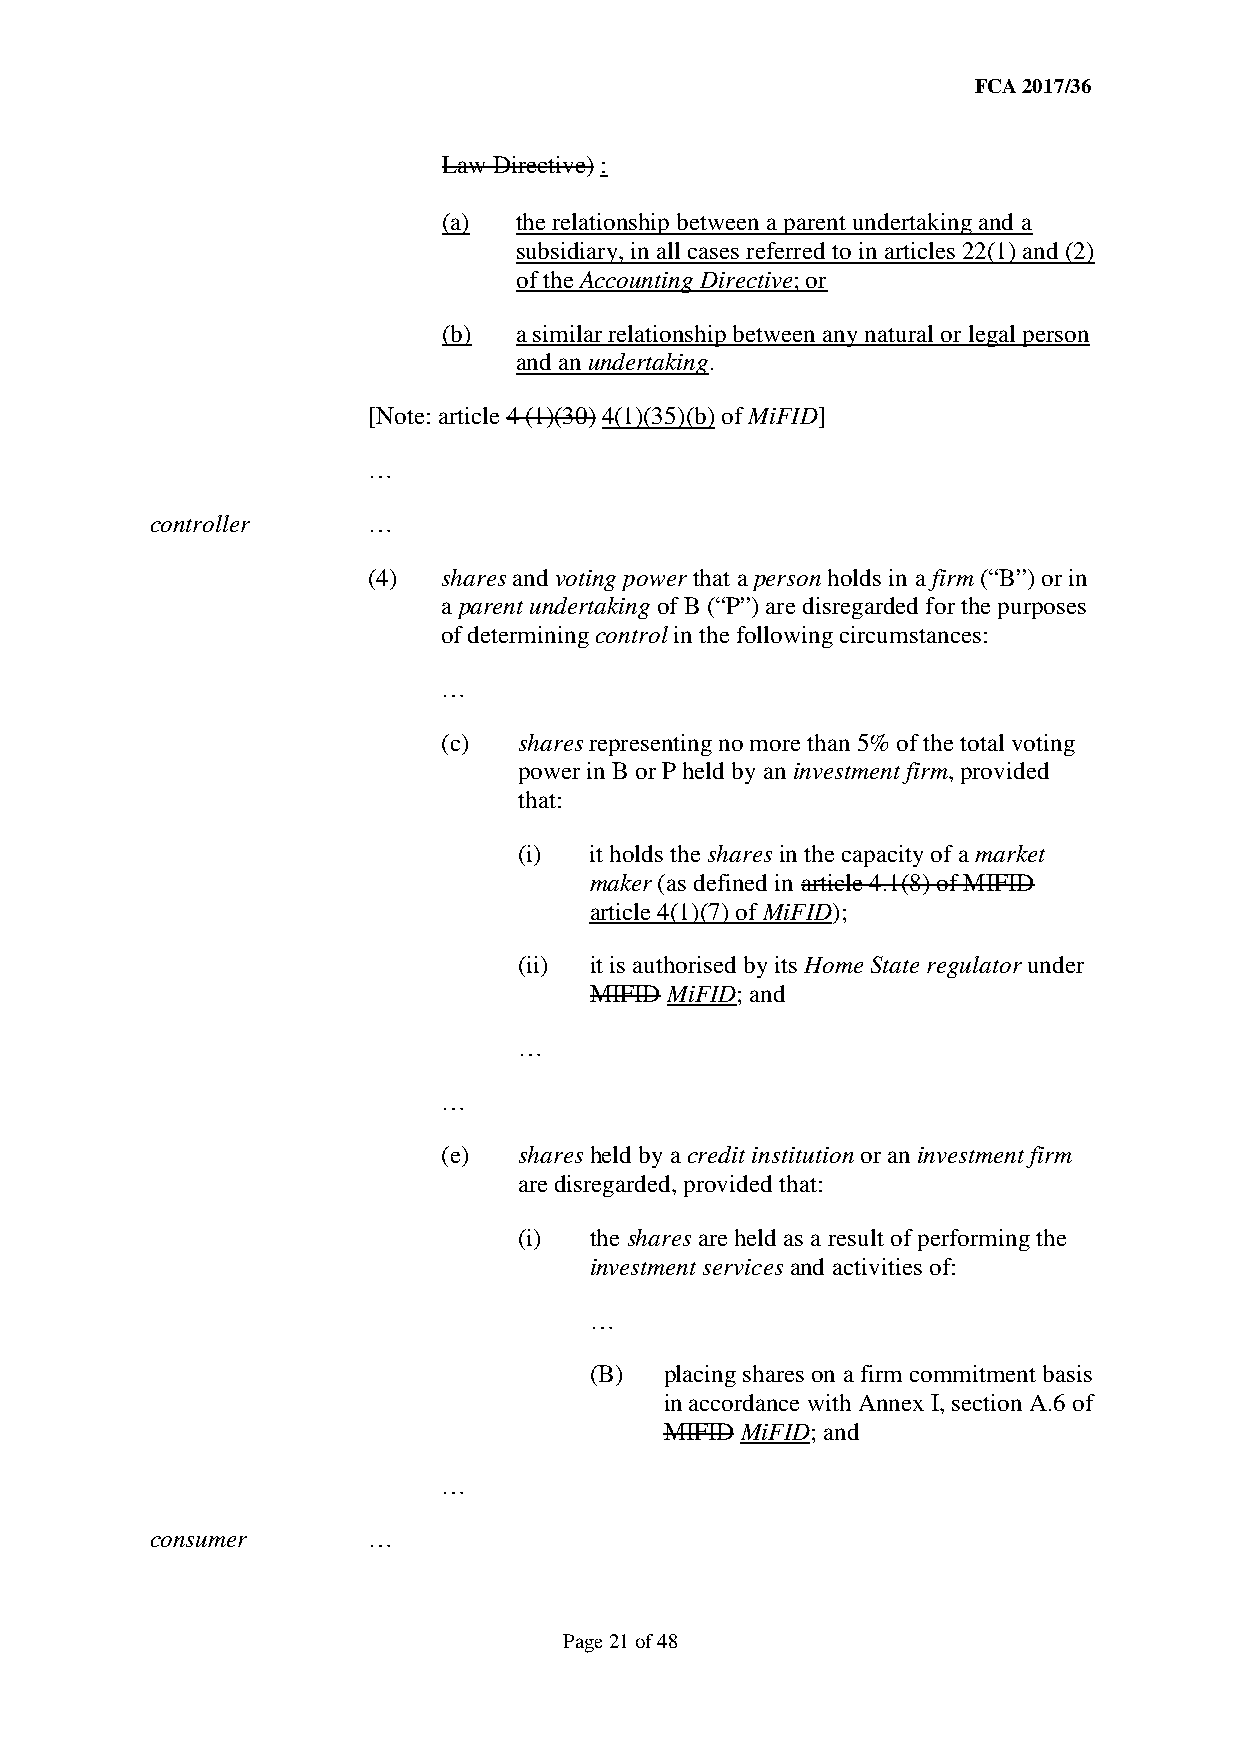
FCA 2017/36
 Law Directive) :
 (a)  the relationship between a parent undertaking and a
 subsidiary, in all cases referred to in articles 22(1) and (2)
 of the Accounting Directive; or
 (b)  a similar relationship between any natural or legal person
 and an undertaking.
 [Note: article 4 (1)(30) 4(1)(35)(b) of MiFID]
 …
 controller    …
 (4)  shares and voting power that a person holds in a firm (“B”) or in
 a parent undertaking of B (“P”) are disregarded for the purposes
 of determining control in the following circumstances:
 …
 (c)  shares representing no more than 5% of the total voting
 power in B or P held by an investment firm, provided
 that:
 (i)  it holds the shares in the capacity of a market
 maker (as defined in article 4.1(8) of MIFID
 article 4(1)(7) of MiFID);
 (ii) it is authorised by its Home State regulator under
 MIFID MiFID; and
 …
 …
 (e)  shares held by a credit institution or an investment firm
 are disregarded, provided that:
 (i)  the shares are held as a result of performing the
 investment services and activities of:
 …
 (B)  placing shares on a firm commitment basis
 in accordance with Annex I, section A.6 of
 MIFID MiFID; and
 …
 consumer      …
 Page 21 of 48